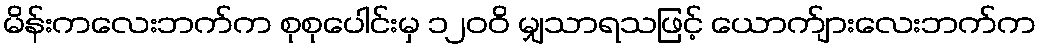
မိန်းကလေးဘက်က စုစုပေါင်းမှ ၁၂၀၀ိ မျှသာရသဖြင့် ယောက်ျားလေးဘက်က